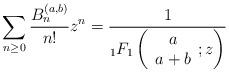
LaTeX: \begin{align*}\sum_{n\ge0}\frac{B_{n}^{\left(a,b\right)}}{n!}z^{n}=\frac{1}{_{1}F_{1}\left(\begin{array}{c}a\\a+b\end{array};z\right)}\end{align*}